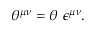
\theta ^ { \mu \nu } = \theta ~ \epsilon ^ { \mu \nu } .